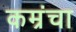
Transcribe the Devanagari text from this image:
कम्रंचा